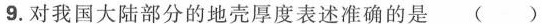
9.对我国大陆部分的地壳厚度表述准确的是()